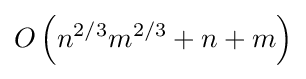
O\left(n^{2/3}m^{2/3}+n+m\right)